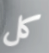
كل